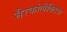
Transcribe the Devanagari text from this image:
सैरकोलैक्टिक